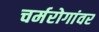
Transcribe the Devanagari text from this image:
चर्मरोगांवर